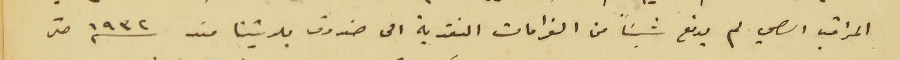
المراقب الصحي لم يدفع شيئاً من الغرامات النقدية الى صندوق بلديتنا مند سنه ١٩٣٢ حتى